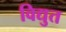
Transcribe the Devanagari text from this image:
विद्युत